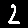
Digit: 2